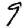
Digit: 9